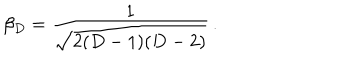
\beta _ { D } = \frac { 1 } { \sqrt { 2 ( D - 1 ) ( D - 2 ) } } \, .